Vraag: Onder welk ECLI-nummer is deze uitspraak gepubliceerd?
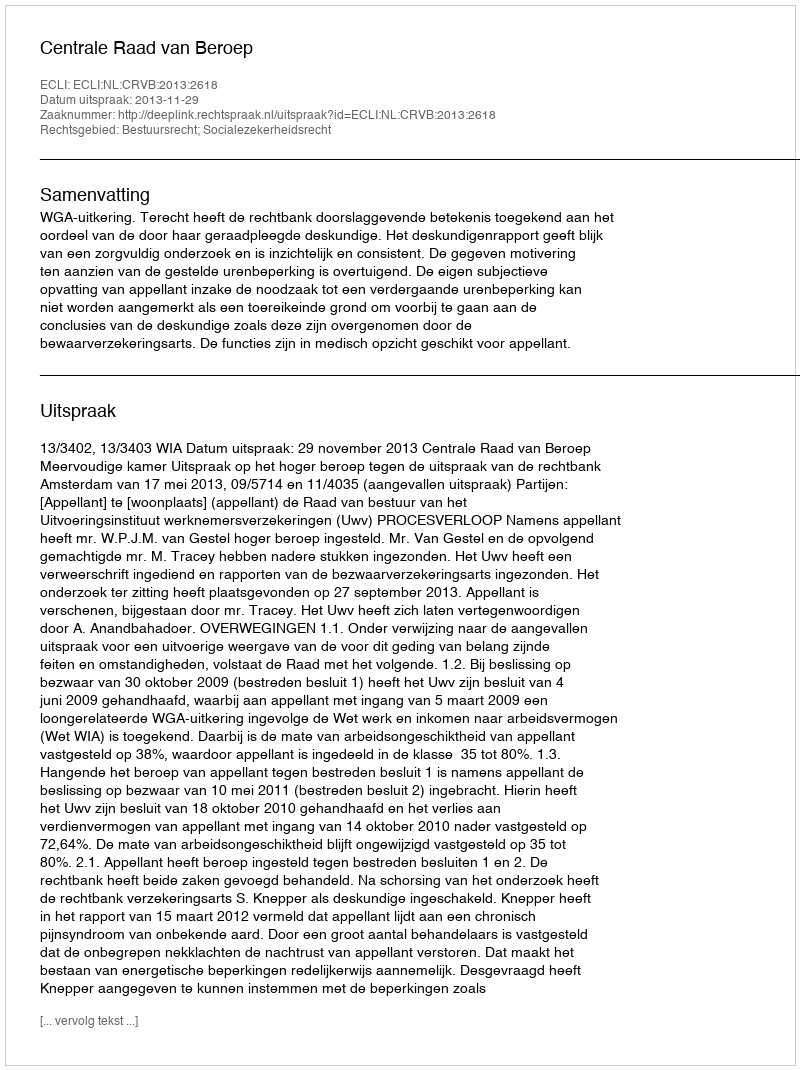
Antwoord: ECLI:NL:CRVB:2013:2618